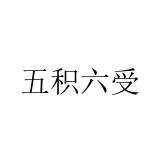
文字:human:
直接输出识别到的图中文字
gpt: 五积六受